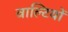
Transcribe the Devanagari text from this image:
वाल्टियों